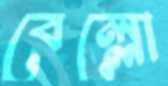
বেল্লো